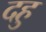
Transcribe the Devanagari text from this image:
दहु